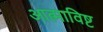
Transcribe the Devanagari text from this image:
आत्माविष्ट